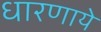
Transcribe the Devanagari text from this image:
धारणाये